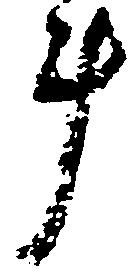
斗